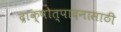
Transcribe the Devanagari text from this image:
द्राक्षोत्पादनासाठी